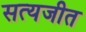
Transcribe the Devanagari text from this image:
सत्‍यजीत